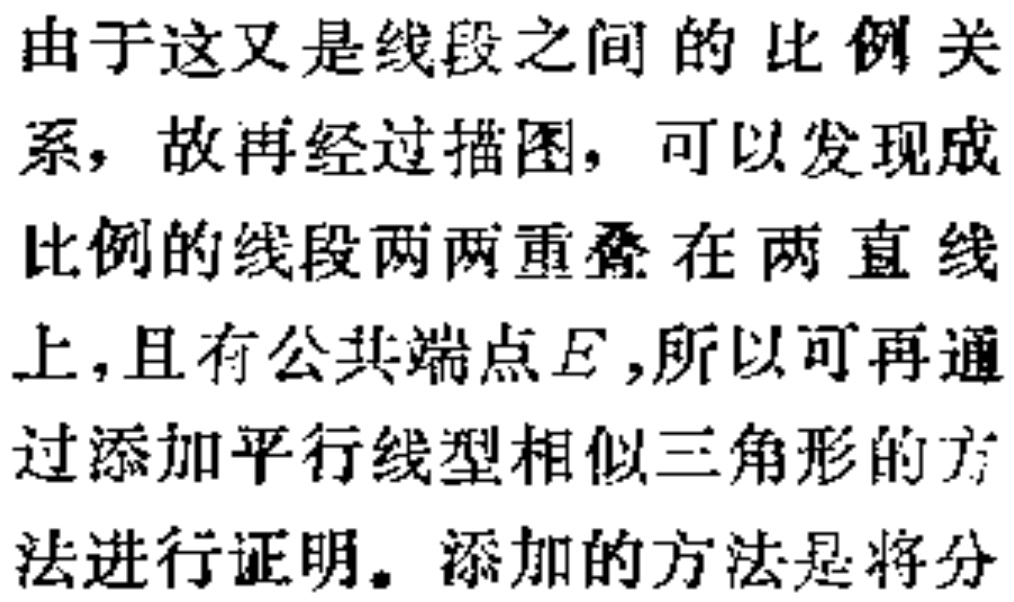
由于这又是线段之间的比例关系，故再经过描图，可以发现成比例的线段两两重叠在两直线上，且有公共端点\(E\)，所以可再通过添加平行线型相似三角形的方法进行证明。添加的方法是将分